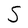
Character: S